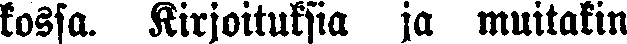
koska. Kirjoituksia ja muitakin